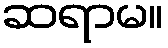
ဆရာမ။